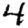
Digit: 4